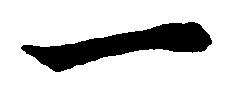
一